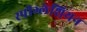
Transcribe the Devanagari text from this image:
स्पीग्लेशियन